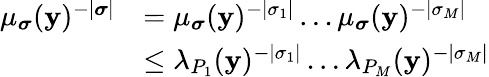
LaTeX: \begin{array}{rl}{\mu_{\boldsymbol{\sigma}}(\mathbf{y})^{-|\boldsymbol{\sigma}|}}&{=\mu_{\boldsymbol{\sigma}}(\mathbf{y})^{-|\sigma_{1}|}\dots\mu_{\boldsymbol{\sigma}}(\mathbf{y})^{-|\sigma_{M}|}}\\ &{\le\lambda_{P_{1}}(\mathbf{y})^{-|\sigma_{1}|}\dots\lambda_{P_{M}}(\mathbf{y})^{-|\sigma_{M}|}}\end{array}